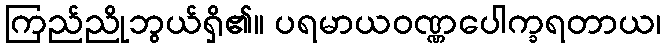
ကြည်ညိုဘွယ်ရှိ၏။ ပရမာယဝဏ္ဏပေါက္ခရတာယ၊